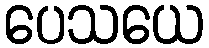
ပေသယေ